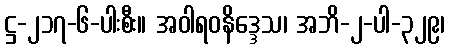
ဋ္ဌ-၂၁၇-၆-ပါးစီး။ အဝါရဝနိဒ္ဒေသ၊ အဘိ-၂-ပါ-၃၂၉၊